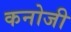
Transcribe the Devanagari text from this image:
कनोजी